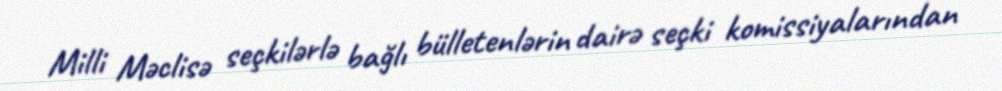
Milli Məclisə seçkilərlə bağlı bülletenlərin dairə seçki komissiyalarından